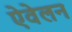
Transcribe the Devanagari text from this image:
ऐवेलन